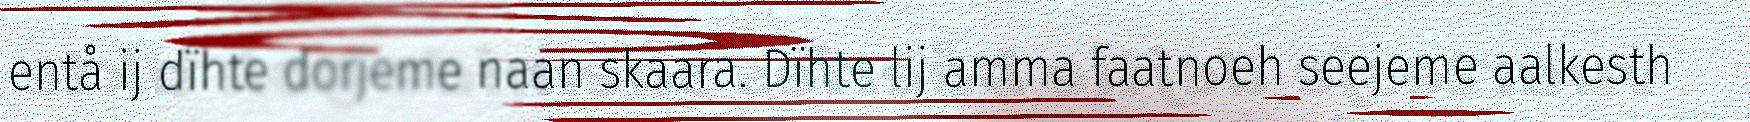
entå ij dïhte dorjeme naan skaara. Dïhte lij amma faatnoeh seejeme aalkesth